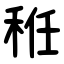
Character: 秹